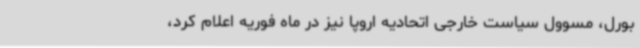
بورل، مسوول سیاست خارجی اتحادیه اروپا نیز در ماه فوریه اعلام کرد،